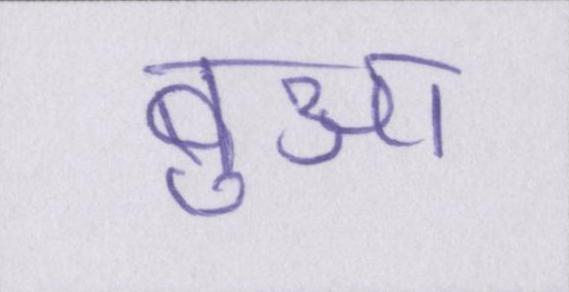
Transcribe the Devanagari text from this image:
बुआ